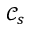
\mathcal { C } _ { s }